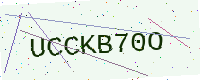
Text: UCCKB70O